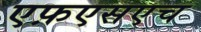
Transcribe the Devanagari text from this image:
एफ़एसएच